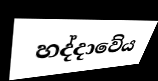
හද්දාවේය